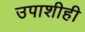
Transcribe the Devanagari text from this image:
उपाशीही